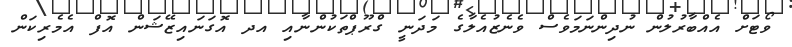
ވޯޓަށް އެއްބާރުލުން ނުދިންނަމަވެސް ވެނެޒުއެލާގެ މަދަނީ ގްރޫޕްތަކުންނާއި އދ އޮގަނައިޒޭޝަން އޮފް އެމެރިކަން